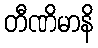
တီဏိမာနိ